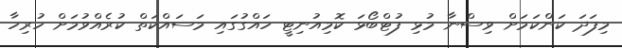
މިފަދަ ކަންކަމަށް ވިސްނާ މުޅި ފުޓްބޯޅަ ކޮމިއުނިޓީ ހައްގުގައި މަސައްކަތް ކުރެއްވުމަށް ހުރިހާ